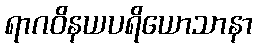
ရာဂဝိနယပရိယောသာနာ